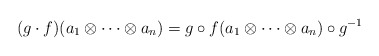
\begin{align*}(g\cdot f)(a_1 \otimes \cdots \otimes a_n)=g \circ f(a_1 \otimes \cdots \otimes a_n) \circ g^{-1}\end{align*}